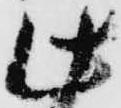
此